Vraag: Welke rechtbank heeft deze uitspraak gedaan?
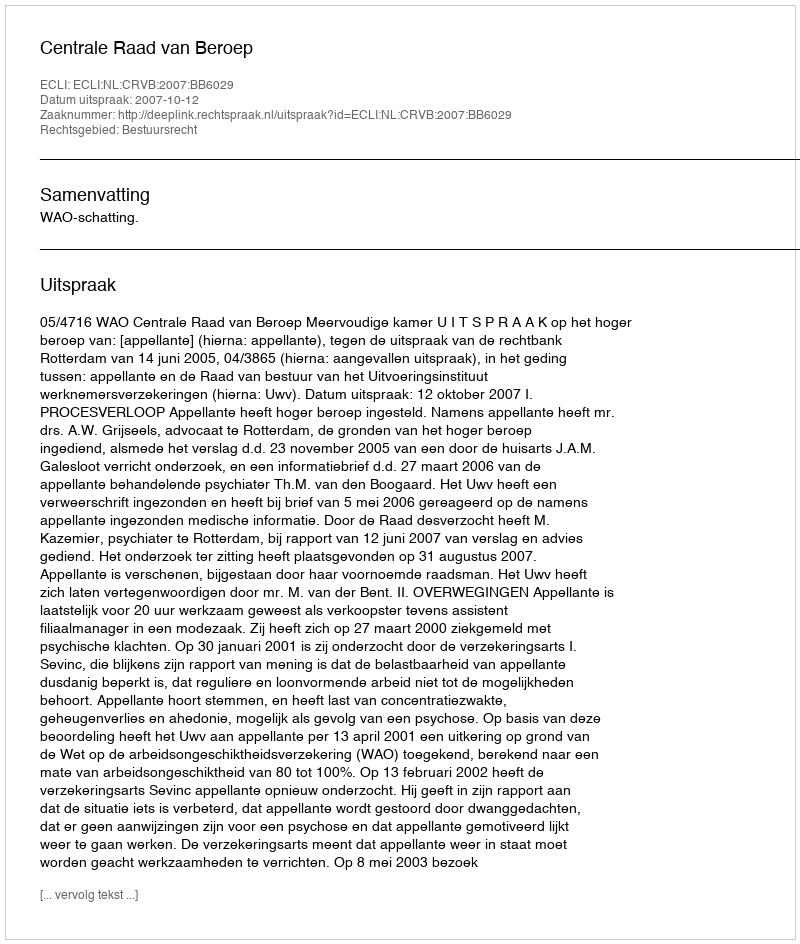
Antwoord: Centrale Raad van Beroep